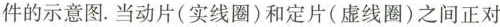
件的示意图。当动片(实线圈)和定片(虚线圈)之间正对